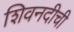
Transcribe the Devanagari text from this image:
शिवनदीची